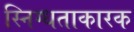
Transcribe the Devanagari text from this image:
स्निग्धताकारक